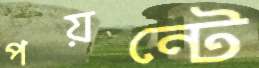
পয়ন্টে